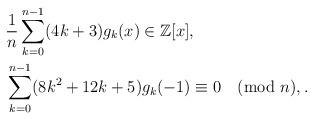
LaTeX: \begin{align*}&\frac{1}{n}\sum_{k=0}^{n-1}(4k+3)g_k(x) \in\mathbb{Z}[x], \\&\sum_{k=0}^{n-1}(8k^2+12k+5)g_k(-1)\equiv 0\pmod{n}, .\end{align*}